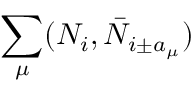
\sum _ { \mu } ( N _ { i } , \bar { N } _ { i \pm a _ { \mu } } )